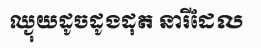
ឈ្ងុយដូចដូងដុត នារីដែល